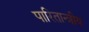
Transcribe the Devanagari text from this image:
पारितान्त्रीय